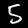
Label: 5